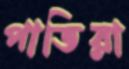
পাতিরা